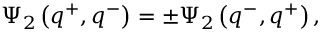
\Psi _ { 2 } \left( q ^ { + } , q ^ { - } \right) = \pm \Psi _ { 2 } \left( q ^ { - } , q ^ { + } \right) ,